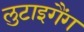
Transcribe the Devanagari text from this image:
लुटाइगैंग